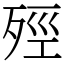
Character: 殌